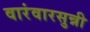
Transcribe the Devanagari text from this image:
वारंवारसुन्नी